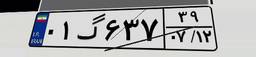
۷۱گ۷۰۶۱۱